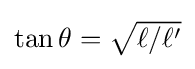
{\textstyle \tan \theta ={\sqrt {{\ell }/{\ell '}}}}